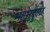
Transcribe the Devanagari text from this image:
महमुद्दुला